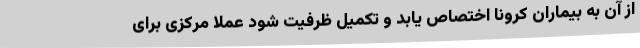
از آن به بیماران کرونا اختصاص یابد و تکمیل ظرفیت شود عملا مرکزی برای